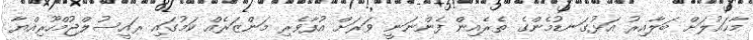
މާޙައުލަށް ބަލާއިރު އަޅުގަނޑުމެންގެ ތެރެއިން ފެންނަނީ ވަރަށް އުފާވެރި މަންޒަރެއް ކަމުގައި ރައީސުލްޖުމްހޫރިއްޔާ